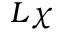
L \chi